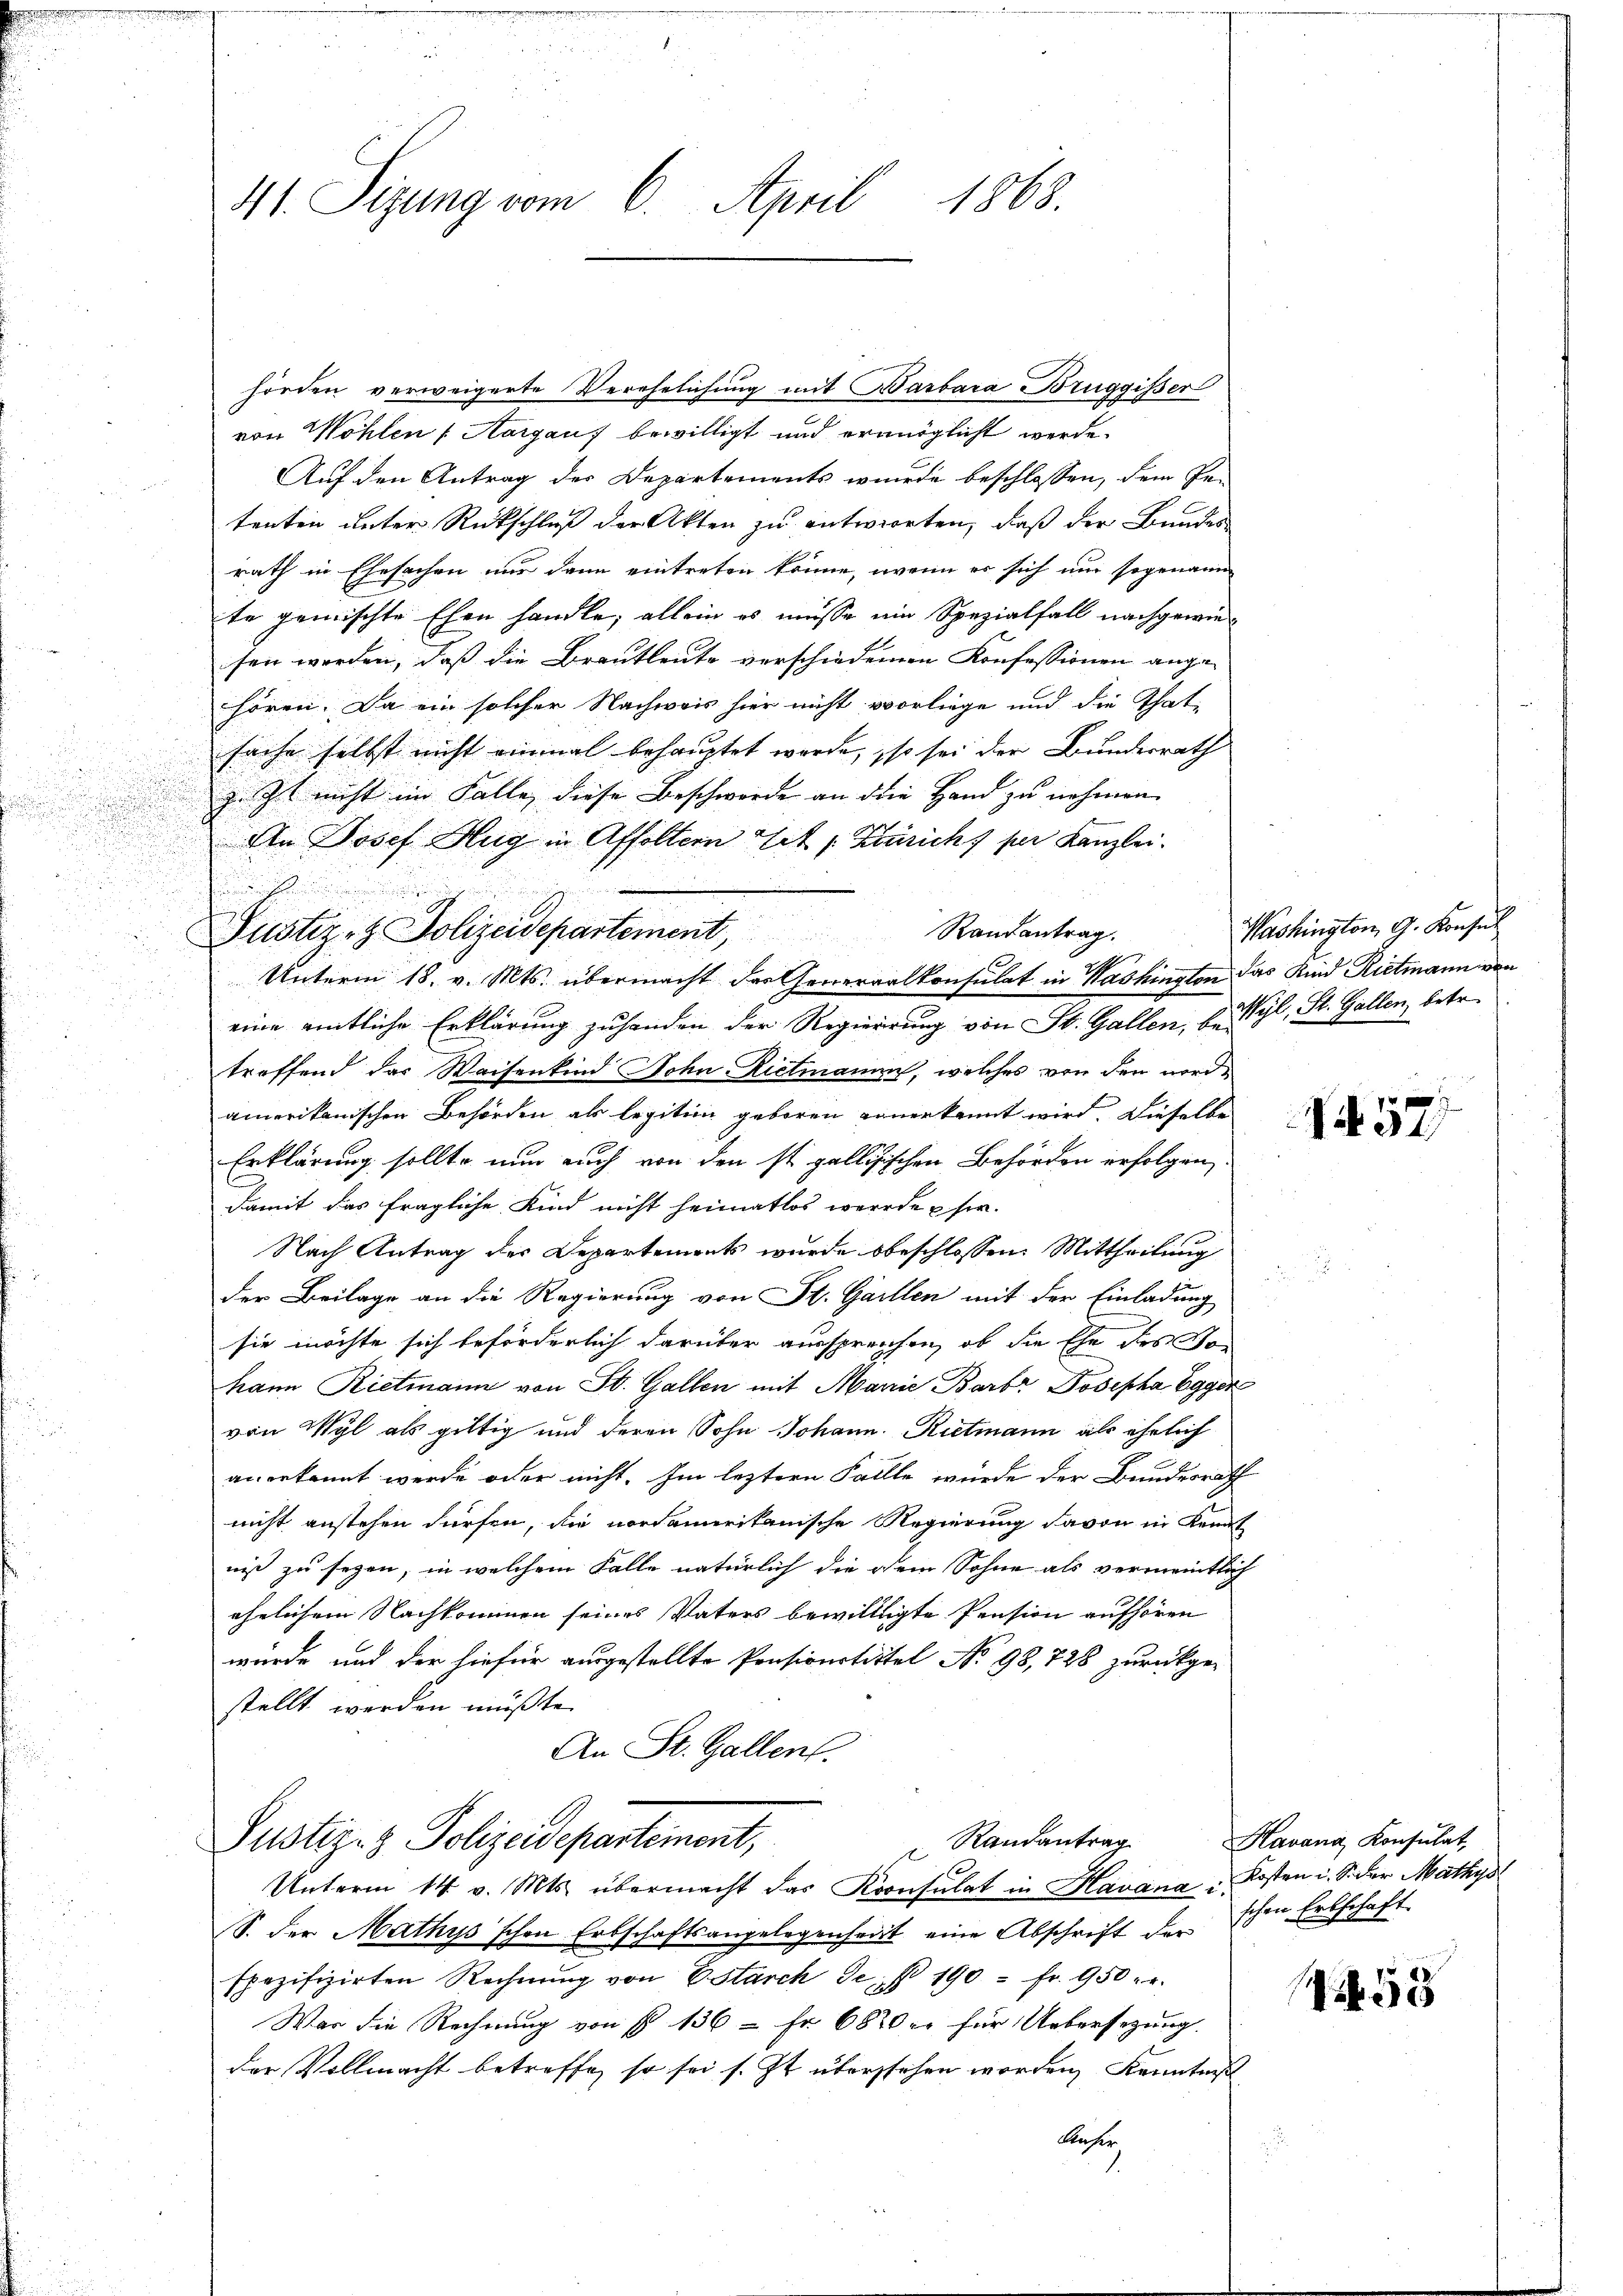
e

41. Sizung vom 6. April 1868.

hörden verweigerte Verehelichung mit Barbara Bruggisser
von Wohlen (Aargauf bewilligt und ermöglicht werde.
Auf den Antrag der Departements wurde beschlossen, dem Petenten unter Rückschluß der Akten zu entworten, daß der Bundes
rath in Ehesachen nur dann eintreten könne, wenn es sich nur sogenann
te gemischte Ehen handle, allein es müsse ein Spezialfall nachgewiesen werden, daß die Brautleute verschiedenen Konfessionen angehören. Da ein solcher Nachweis hier nicht vorliege und die That-
sache selbst nicht einmal behauptet werde, so sei der Bundesrath
z. Ist nicht im Falle diese Beschwerde an die Hand zu nehmen
An Josef Hug in Affoltern Mit Zürich) per Kanzlei.
Justiz- & Polizeidepartement, Randantrag.
eine amtliche Erklärung zu handen der Regierung von St. Gallen, be Wyl, St. Gallen, betr.
treffend das Waisenkind Sohn Rietmann, welches von den nordamerikanischen Behörden als legition geboren einerkannt wird. Dieselbe
Erklärung sollte nun auch von den ist gallizischen Behörden erfolgen,
damit das fragliche Kind nicht heimatlos werde u sie.
Nach Antrag der Departements wurde beschlossen: Mittheilung

der Beilage an die Regierung von St. Gaillen mit der Einladung
sie möchte sich beförderlich darüber aussprechen, ob die Ehe des So
hann Rietmann von St. Gallen mit Marie Barb. Josepha Egger
von Wyl als gültig und deren Sohn Johann Rietmann als ehelich
.
anerkannt werde oder nicht. Im leztere Fallle wurde der Bundesrath
nicht anstehen dürfen, die nordamerikanische Regierung davon in Kennt
niß zu segen, in welchem Falle natürlich die dem Sohne als vermeintlich
ehelichem Nachkommen seines Vaters bewilltigte Pension aufhören
wurde und der hiefür ausgestellte Pensionstitel No 98, 728 zurückgestellt werden müßte.
An St. Gallen.

.

.
Unterm 18. v. Mts. übermacht der Generalkonsulat in Washingten das Kind Rietmann von

Justiz- & Polizeidepartement,
Unterm 14. v. Mts. übermacht das Konsulat in Havana Kosten u. Sider Mathys

S. der Mathys'schen Erbschaftsangelegenheit eine Abschrift der
spezifizirten Rechnŭng von Estarch der 190 fr. 950. r.
War die Rechnung von fl 136 - Fr. 687 er für Uebersezung.
der Vollmacht betreffe, so sei s. Zt. überstehen worden, Kenntnis
Anher

Washington G. Konsul

" Randantrag Havana Konsulat,

57

schen Erbschaft

5